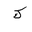
Letter: _kaf